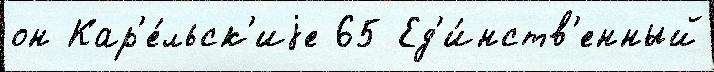
он Кар'е́льск'иjе 65 Ед'и́нств'енный